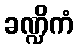
ခဏ္ဍိကံ